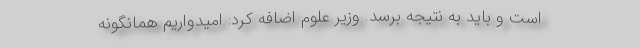
است و باید به نتیجه برسد. وزیر علوم اضافه کرد: امیدواریم همانگونه